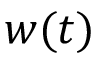
w ( t )